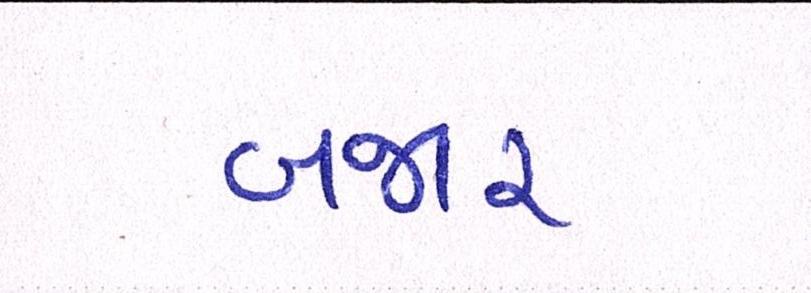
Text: બજાર